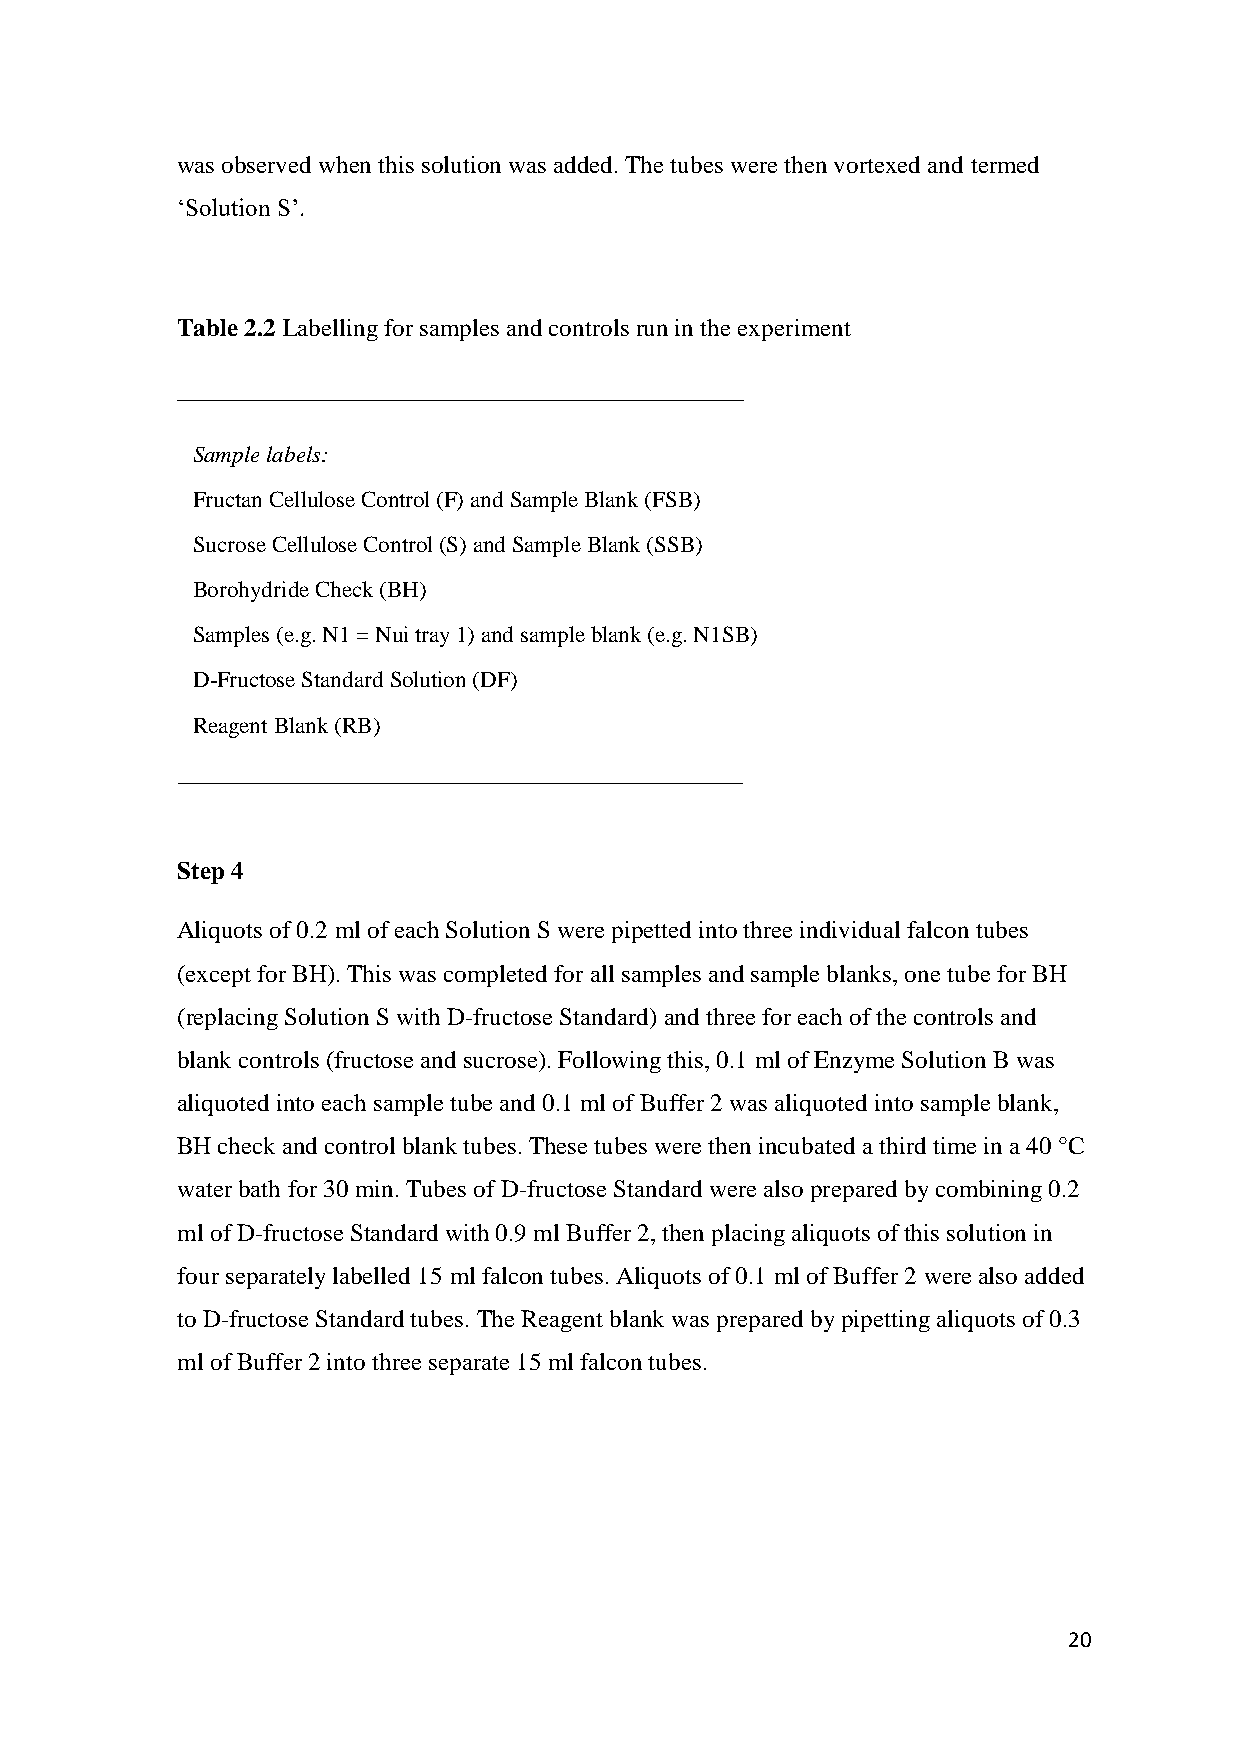
was observed when this solution was added. The tubes were then vortexed and termed
 ‘Solution S’.
 Table 2.2 Labelling for samples and controls run in the experiment
 Sample labels:
 Fructan Cellulose Control (F) and Sample Blank (FSB)
 Sucrose Cellulose Control (S) and Sample Blank (SSB)
 Borohydride Check (BH)
 Samples (e.g. N1 = Nui tray 1) and sample blank (e.g. N1SB)
 D-Fructose Standard Solution (DF)
 Reagent Blank (RB)
 Step 4
 Aliquots of 0.2 ml of each Solution S were pipetted into three individual falcon tubes
 (except for BH). This was completed for all samples and sample blanks, one tube for BH
 (replacing Solution S with D-fructose Standard) and three for each of the controls and
 blank controls (fructose and sucrose). Following this, 0.1 ml of Enzyme Solution B was
 aliquoted into each sample tube and 0.1 ml of Buffer 2 was aliquoted into sample blank,
 BH check and control blank tubes. These tubes were then incubated a third time in a 40 °C
 water bath for 30 min. Tubes of D-fructose Standard were also prepared by combining 0.2
 ml of D-fructose Standard with 0.9 ml Buffer 2, then placing aliquots of this solution in
 four separately labelled 15 ml falcon tubes. Aliquots of 0.1 ml of Buffer 2 were also added
 to D-fructose Standard tubes. The Reagent blank was prepared by pipetting aliquots of 0.3
 ml of Buffer 2 into three separate 15 ml falcon tubes.
 20